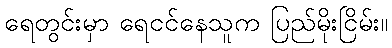
ရေတွင်းမှာ ရေငင်နေသူက ပြည်မိုးငြိမ်း။